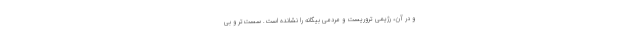
و در آن، رژیمی تروریست و مردمی بیگانه را نشانده است. سُست‌تر و بی